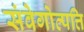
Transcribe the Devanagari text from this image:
संवेगोत्पत्ति